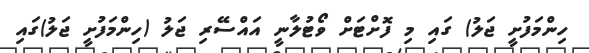
ހިންމަފުށީ ޖަލު) ގައި މި ފޮށްޓަށް ވޯޓުލާނީ އައްސޭރި ޖަލު (ހިންމަފުށީ ޖަލު)ގައި